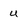
Character: U